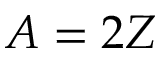
A = 2 Z